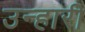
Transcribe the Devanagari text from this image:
उन्हारी